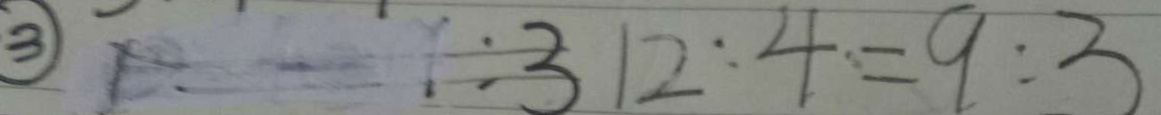
1 2 : 4 = 9 : 3